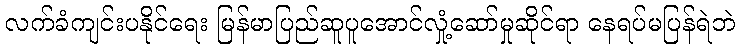
လက်ခံကျင်းပနိုင်ရေး မြန်မာပြည်ဆူပူအောင်လှုံ့ဆော်မှုဆိုင်ရာ နေရပ်မပြန်ရဲဘဲ